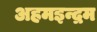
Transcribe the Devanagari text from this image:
अहमइन्द्रम